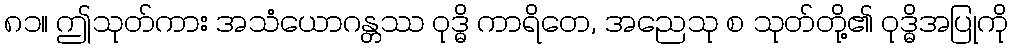
၈၁။ ဤသုတ်ကား အသံယောဂန္တဿ ဝုဒ္ဓိ ကာရိတေ, အညေသု စ သုတ်တို့၏ ဝုဒ္ဓိအပြုကို